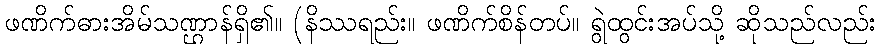
ဖဏိက်ဓားအိမ်သဏ္ဌာန်ရှိ၏။ (နိဿရည်း။ ဖဏိက်စိန်တပ်။ ရွဲထွင်းအပ်သို့ ဆိုသည်လည်း